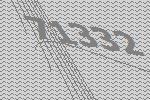
71332